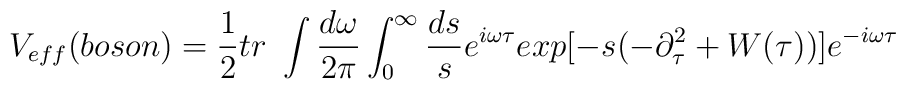
V_{eff}(boson) = \frac{1}{2} tr\ \int \frac{d\omega}{2\pi} \int_0^\infty \frac{ds}{s} e^{i\omega\tau} exp[-s(-\partial_{\tau}^2+W(\tau))] e^{-i\omega\tau} \\